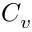
C _ { v }